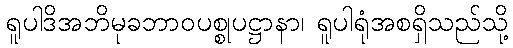
ရူပါဒိအဘိမုခဘာဝပစ္စုပဋ္ဌာနာ၊ ရူပါရုံအစရှိသည်သို့